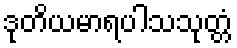
ဒုတိယမာရပါသသုတ္တံ